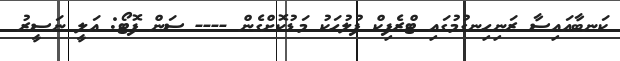
ކަނބާއައިސާ ރަނިހިނގުމުގައި ޓްރެފިކް ފުލުހަކު މަޑުކޮށްގެން ---- ސަން ފޮޓޯ: އަލީ ނަސީރު